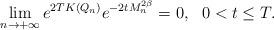
LaTeX: \begin{align*}\lim_{n \to +\infty} e^{2T K(Q_n) } e^{-2tM_n^{2\beta} } =0,~~0<t \le T.\end{align*}